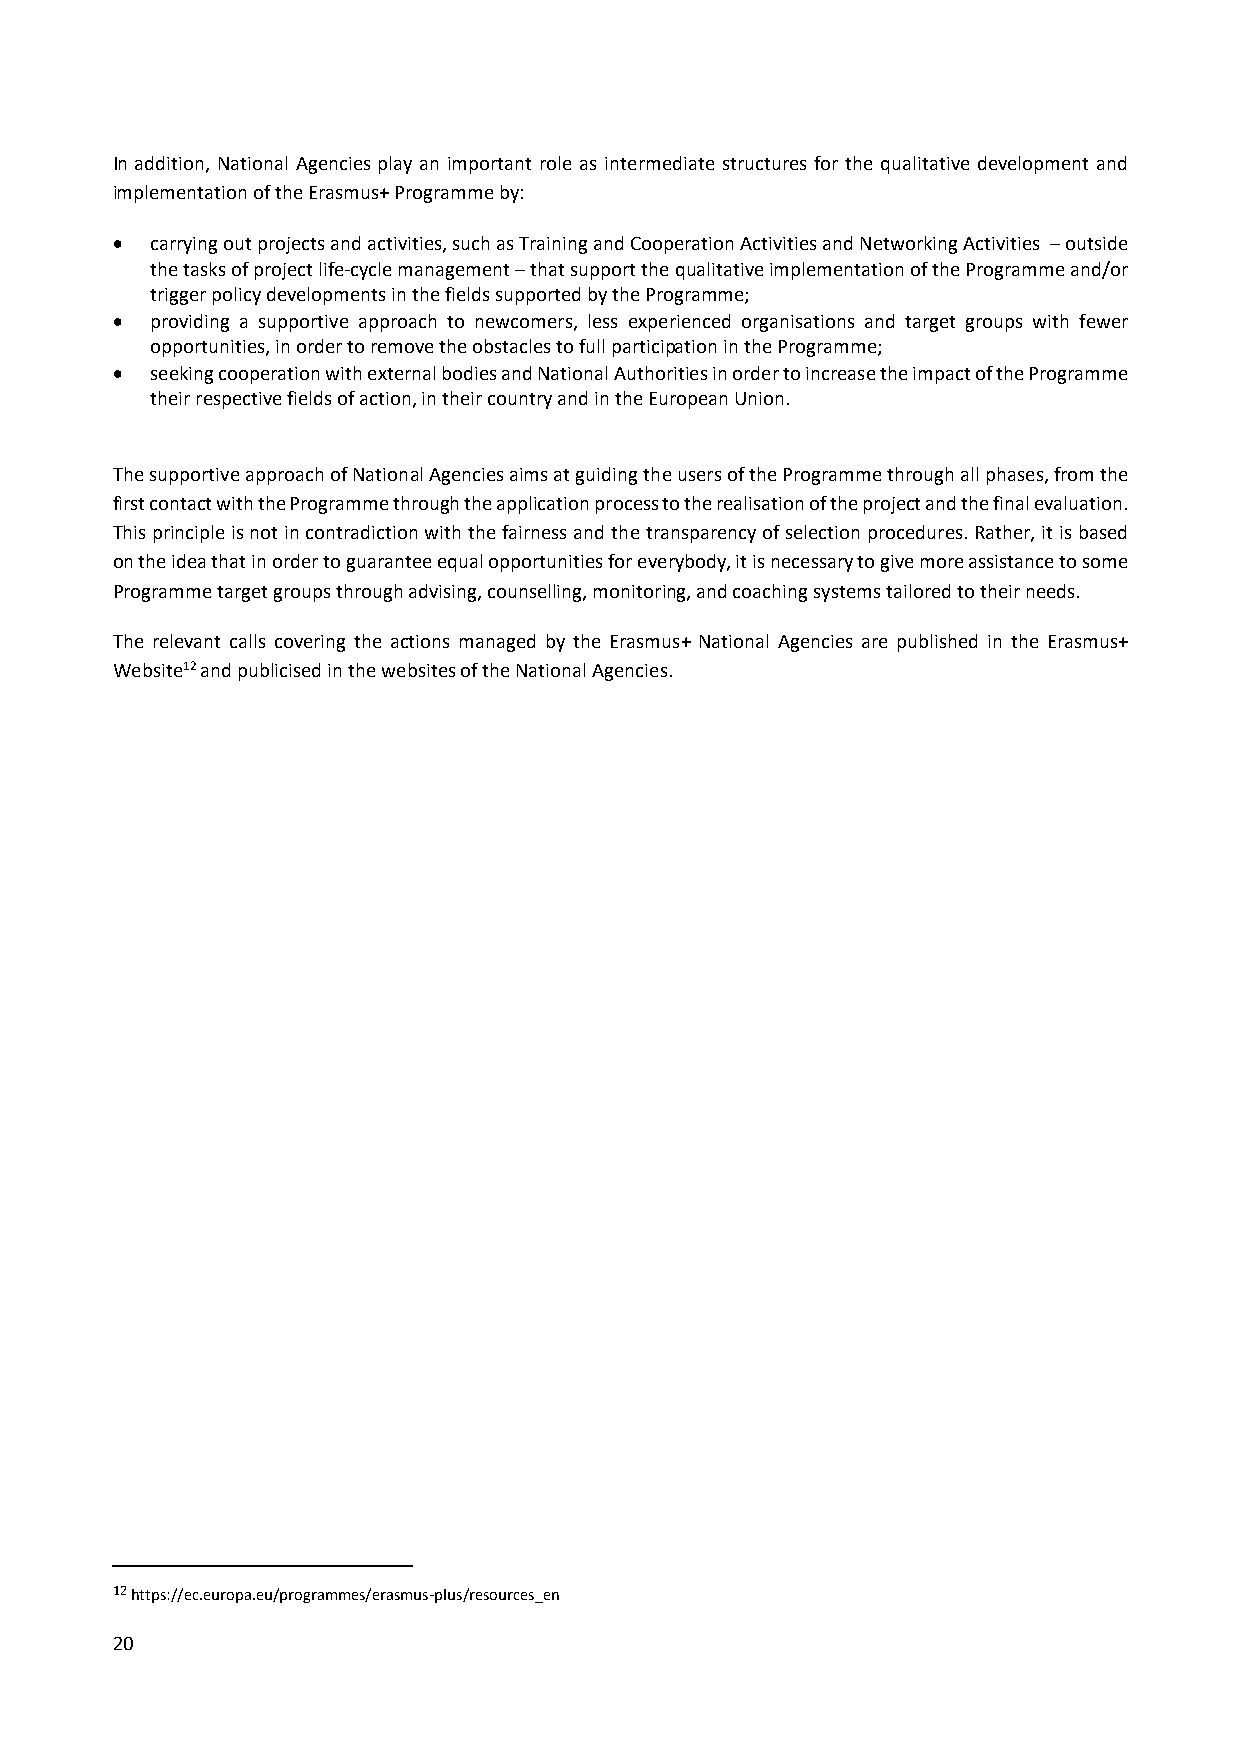
In addition, National Agencies play an important role as intermediate structures for the qualitative development and
 implementation of the Erasmus+ Programme by:
   carrying out projects and activities, such as Training and Cooperation Activities and Networking Activities – outside
 the tasks of project life‐cycle management – that support the qualitative implementation of the Programme and/or
 trigger policy developments in the fields supported by the Programme;
   providing a supportive approach to newcomers, less experienced organisations and target groups with fewer
 opportunities, in order to remove the obstacles to full participation in the Programme;
   seeking cooperation with external bodies and National Authorities in order to increase the impact of the Programme
 their respective fields of action, in their country and in the European Union.
 The supportive approach of National Agencies aims at guiding the users of the Programme through all phases, from the
 first contact with the Programme through the application process to the realisation of the project and the final evaluation.
 This principle is not in contradiction with the fairness and the transparency of selection procedures. Rather, it is based
 on the idea that in order to guarantee equal opportunities for everybody, it is necessary to give more assistance to some
 Programme target groups through advising, counselling, monitoring, and coaching systems tailored to their needs.
 The relevant calls covering the actions managed by the Erasmus+ National Agencies are published in the Erasmus+
 Website12 and publicised in the websites of the National Agencies.
 12 https://ec.europa.eu/programmes/erasmus‐plus/resources_en
 20